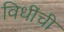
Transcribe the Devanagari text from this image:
विधींची